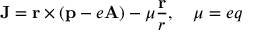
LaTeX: { \mathbf J } = { \mathbf r } \times ( { \mathbf p } - e { \mathbf A } ) - \mu \frac { \mathbf r } { r } , \quad \mu = e q